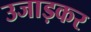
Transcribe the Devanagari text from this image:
उजाड़कर